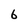
Character: 6